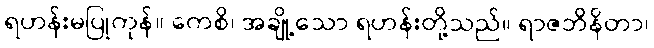
ရဟန်းမပြုကုန်။ ကေစိ၊ အချို့သော ရဟန်းတို့သည်။ ရာဇဘိနိတာ၊